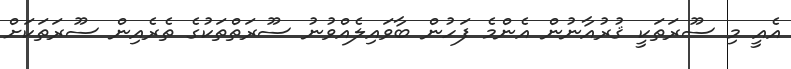
އެއީ މި ސޫރަތަކީ ޤުރުއާނުން އެންމެ ފަހުން ބާވައިލެއްވުނު ސޫރަތްތަކުގެ ތެރެއިން ސޫރަތަކަށް